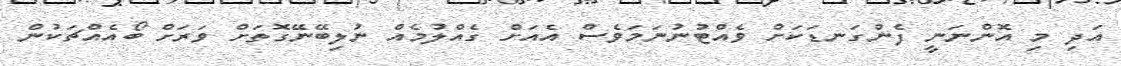
އަދި މި އޮންނަނީ ފެންގަނޑަކަށް ވެއްޓުނުނަމަވެސް އެއަށް ގެއްލުމެއް ނުލިބޭނޭގޮތަށް ވަރަށް ބޯއެއްޗަކުން